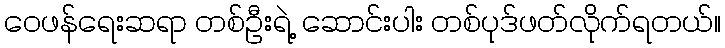
ဝေဖန်ရေးဆရာ တစ်ဦးရဲ့ ဆောင်းပါး တစ်ပုဒ်ဖတ်လိုက်ရတယ်။